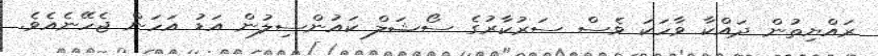
ރައްޔިތުން ދައްކާ ވާހަކަ ވެސް ސަރުކާރުގެ ސޯޝަލް ކައުންސިލުން އަޑު އަހަން ޖެހޭނެއެވެ.